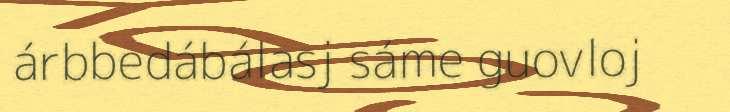
árbbedábálasj sáme guovloj